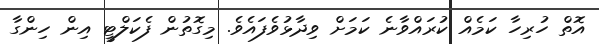
އޮތް ހުރިހާ ކަމެއް ކުރައްވާނެ ކަމަށް ވިދާޅުވެފައެވެ. މިގޮތުން ފެކަލްޓީ އިން ހިންގާ